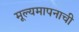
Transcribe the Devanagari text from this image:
मूल्यमापनाची